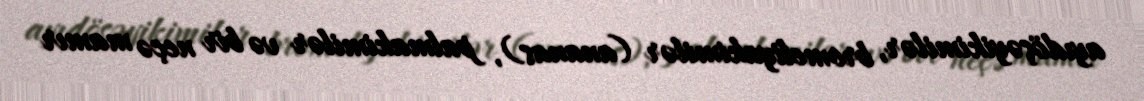
ayıdöşəyikimilər, bromeliyakimilər (ananas), palmakimilər və bir neçə mamır